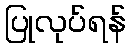
ပြုလုပ်ရန်